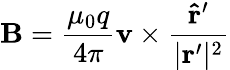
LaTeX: \mathbf{B}={\frac{\mu_{0}q}{4\pi}}\mathbf{v}\times{\frac{\mathbf{{\hat{r}}^{\prime}}}{|\mathbf{r}^{\prime}|^{2}}}